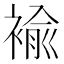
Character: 褕